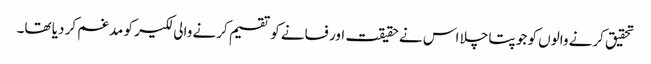
تحقیق کرنے والوں کو جو پتا چلا اس نے حقیقت اور فسانے کو تقسیم کرنے والی لکیر کو مدغم کر دیا تھا۔